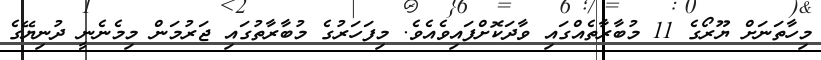
މިހާތަނަށް ޔޫރޯގެ 11 މުބާރާތެއްގައި ވާދަކޮށްފައިވެއެވެ. މިފަހަރުގެ މުބާރާތުގައި ޖަރުމަން މިމެނެނީ ދުނިޔޭގެ